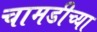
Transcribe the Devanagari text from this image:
चामडीच्या